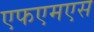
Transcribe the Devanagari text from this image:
एफएमएस